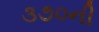
૩૭૦ની